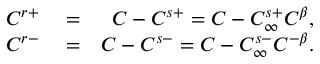
\begin{array} { r l r } { C ^ { r + } } & { { } = } & { C - C ^ { s + } = C - C _ { \infty } ^ { s + } C ^ { \beta } , } \\ { C ^ { r - } } & { { } = } & { C - C ^ { s - } = C - C _ { \infty } ^ { s - } C ^ { - \beta } . } \end{array}